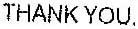
THANK YOU.